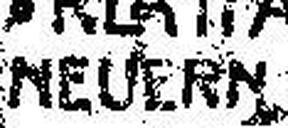
NEUERN